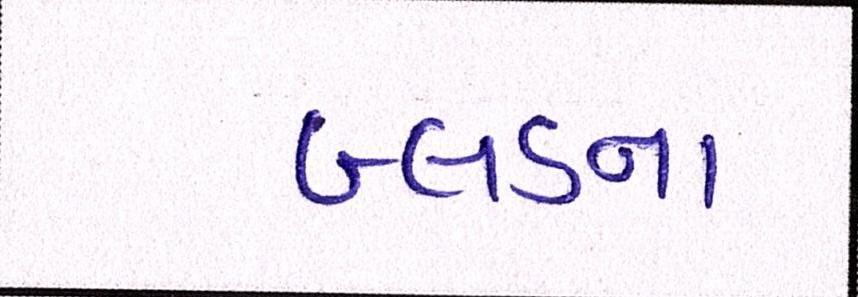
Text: બ્લડના